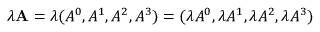
\lambda \mathbf { A } = \lambda ( A ^ { 0 } , A ^ { 1 } , A ^ { 2 } , A ^ { 3 } ) = ( \lambda A ^ { 0 } , \lambda A ^ { 1 } , \lambda A ^ { 2 } , \lambda A ^ { 3 } )